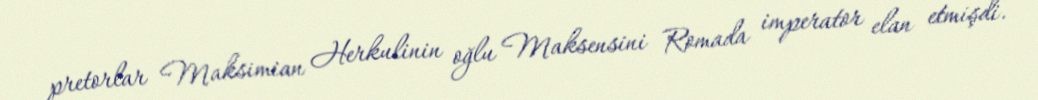
pretorlar Maksimian Herkulinin oğlu Maksensini Romada imperator elan etmişdi.